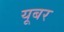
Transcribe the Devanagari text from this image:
यूबर